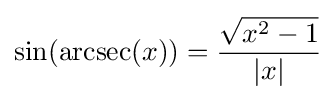
\sin(\operatorname {arcsec} (x))={\frac {\sqrt {x^{2}-1}}{|x|}}